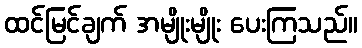
ထင်မြင်ချက် အမျိုးမျိုး ပေးကြသည်။